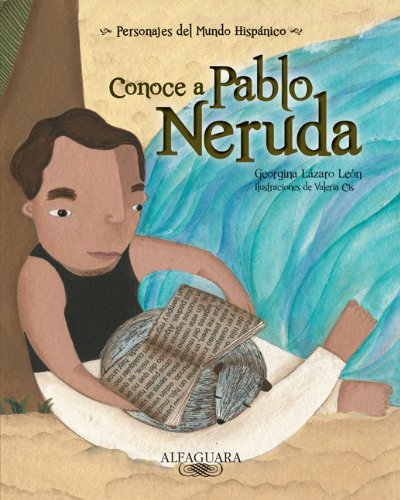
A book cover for Conoce a Pablo Neruda / Get to Know Pablo Neruda (Personajes Del Mundo Hispanico / Important Figures of the Hispanic World) (Spanish Edition) ... / Important Figures of the Hispanic World); Georgina Lazaro Leon; Teen & Young Adult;